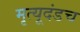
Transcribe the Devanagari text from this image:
मृत्यूदंडच